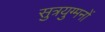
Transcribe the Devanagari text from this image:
सुत्रयुग्मनों